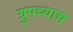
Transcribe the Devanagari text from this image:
ग्रुपच्याच